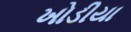
ખોડીયા